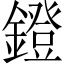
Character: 鐙